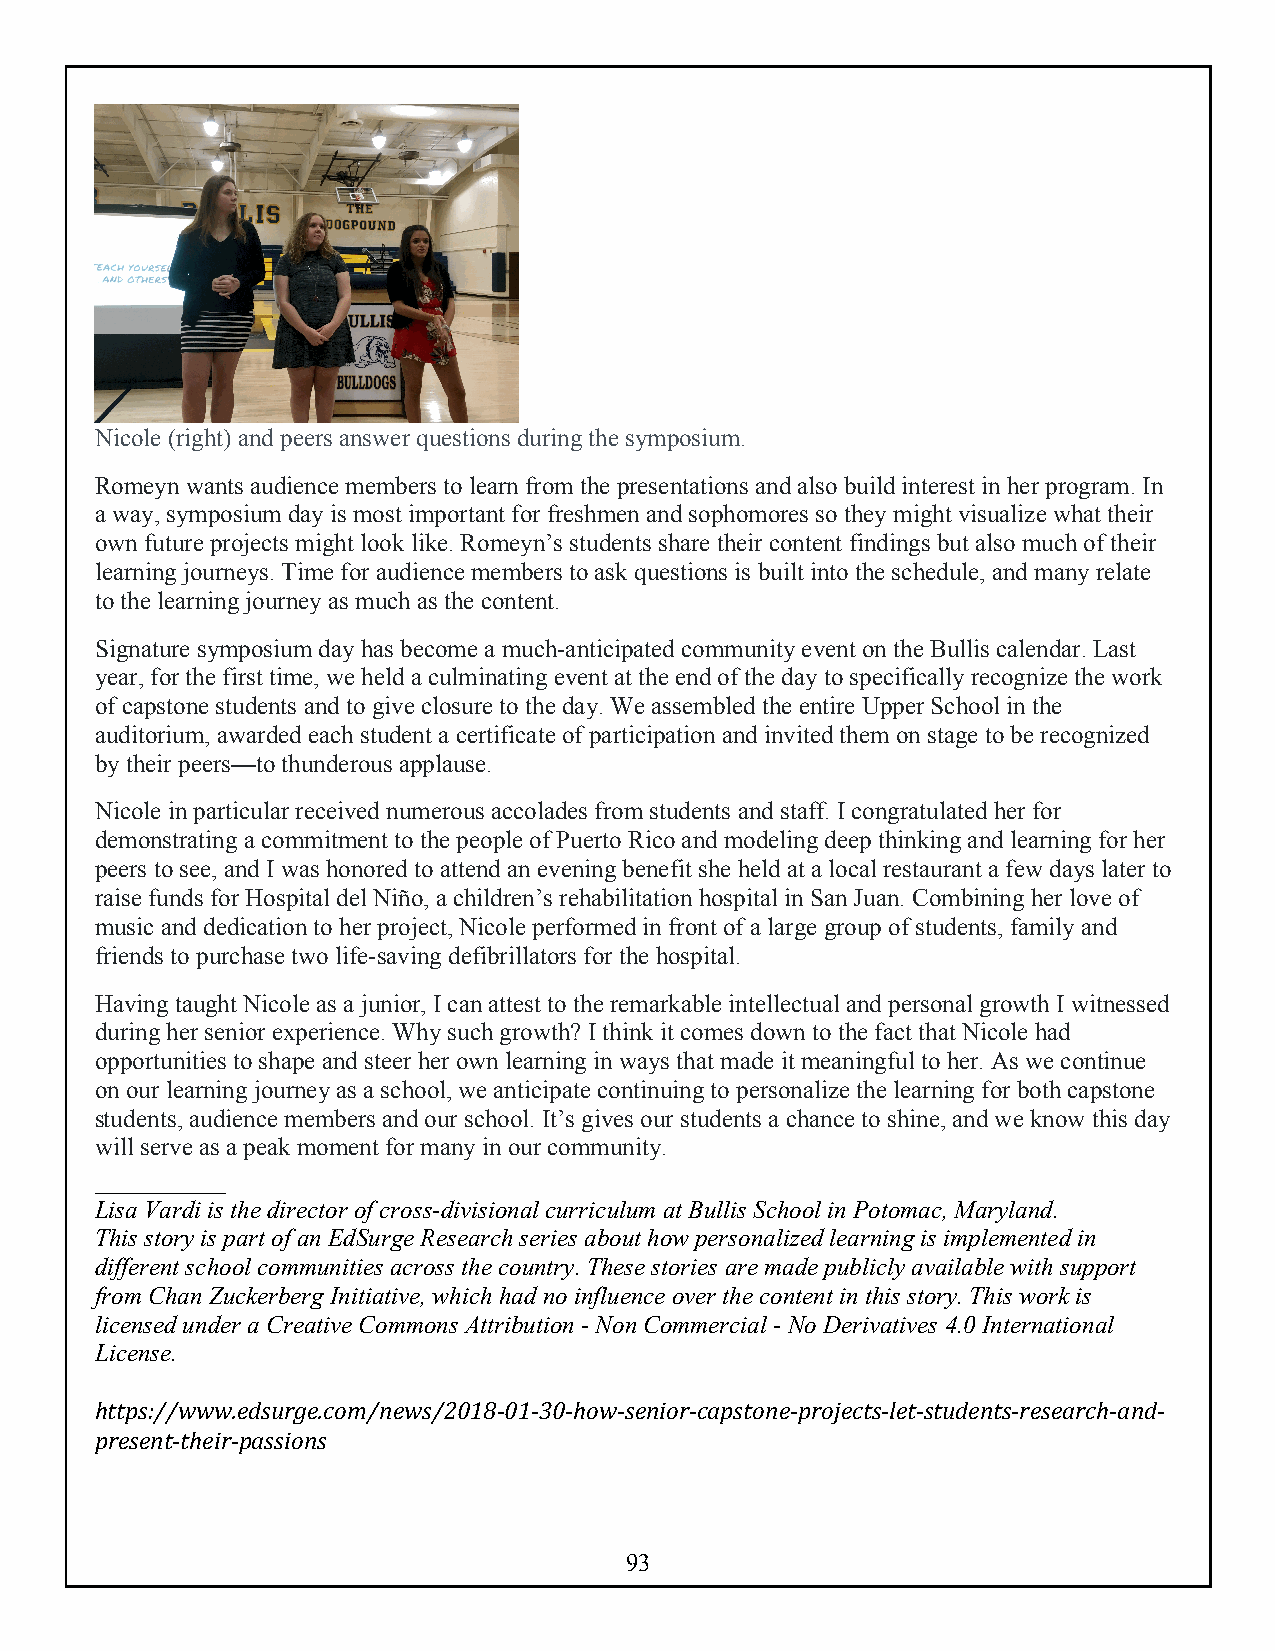
Nicole (right) and peers answer questions during the symposium.
 Romeyn wants audience members to learn from the presentations and also build interest in her program. In
 a way, symposium day is most important for freshmen and sophomores so they might visualize what their
 own future projects might look like. Romeyn’s students share their content findings but also much of their
 learning journeys. Time for audience members to ask questions is built into the schedule, and many relate
 to the learning journey as much as the content.
 Signature symposium day has become a much-anticipated community event on the Bullis calendar. Last
 year, for the first time, we held a culminating event at the end of the day to specifically recognize the work
 of capstone students and to give closure to the day. We assembled the entire Upper School in the
 auditorium, awarded each student a certificate of participation and invited them on stage to be recognized
 by their peers—to thunderous applause.
 Nicole in particular received numerous accolades from students and staff. I congratulated her for
 demonstrating a commitment to the people of Puerto Rico and modeling deep thinking and learning for her
 peers to see, and I was honored to attend an evening benefit she held at a local restaurant a few days later to
 raise funds for Hospital del Niño, a children’s rehabilitation hospital in San Juan. Combining her love of
 music and dedication to her project, Nicole performed in front of a large group of students, family and
 friends to purchase two life-saving defibrillators for the hospital.
 Having taught Nicole as a junior, I can attest to the remarkable intellectual and personal growth I witnessed
 during her senior experience. Why such growth? I think it comes down to the fact that Nicole had
 opportunities to shape and steer her own learning in ways that made it meaningful to her. As we continue
 on our learning journey as a school, we anticipate continuing to personalize the learning for both capstone
 students, audience members and our school. It’s gives our students a chance to shine, and we know this day
 will serve as a peak moment for many in our community.
 _________
 Lisa Vardi is the director of cross-divisional curriculum at Bullis School in Potomac, Maryland.
 This story is part of an EdSurge Research series about how personalized learning is implemented in
 different school communities across the country. These stories are made publicly available with support
 from Chan Zuckerberg Initiative, which had no influence over the content in this story. This work is
 licensed under a Creative Commons Attribution - Non Commercial - No Derivatives 4.0 International
 License.
 https://www.edsurge.com/news/2018-01-30-how-senior-capstone-projects-let-students-research-and-
 present-their-passions
 93